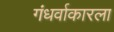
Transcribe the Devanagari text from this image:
गंधर्वाकारला